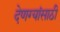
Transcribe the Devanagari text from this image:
देणग्यांसाठी